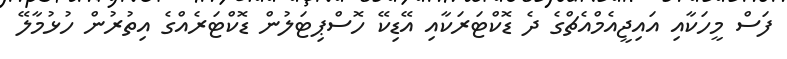
ފަސް މީހަކާއި އައިޖީއެމްއެޗްގެ ދެ ޑޮކްޓަރަކާއި އޭޑިކޭ ހޮސްޕިޓަލުން ޑޮކްޓަރެއްގެ އިތުރުން ހުޅުމާލޭ